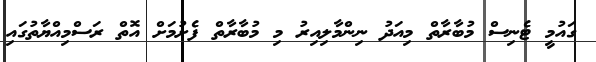
ގައުމީ ޓެނިސް މުބާރާތް މިއަދު ނިންމާލިއިރު މި މުބާރާތް ފެށުމަށް އޮތް ރަސްމިއްޔާތުގައި